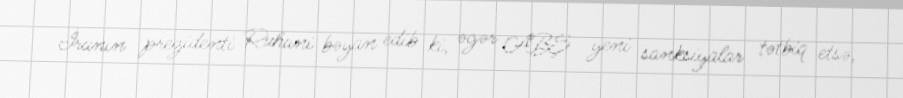
İranın prezidenti Ruhani bəyan edib ki, əgər ABŞ yeni sanksiyalar tətbiq etsə,